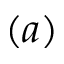
( a )